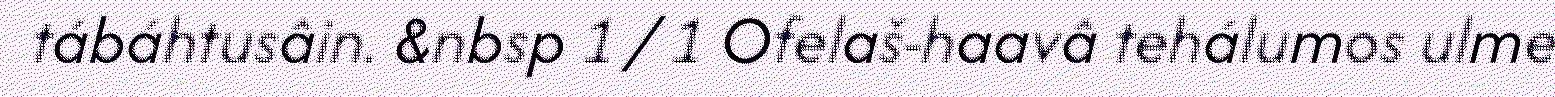
tábáhtusâin. &nbsp 1 / 1 Ofelaš-haavâ tehálumos ulme